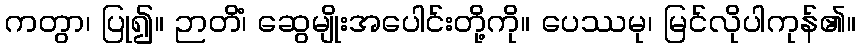
ကတွာ၊ ပြု၍။ ဉာတိံ၊ ဆွေမျိုးအပေါင်းတို့ကို။ ပေဿမု၊ မြင်လိုပါကုန်၏။